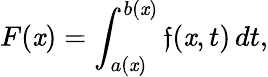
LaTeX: F(\mathit{x})=\int_{a(\mathit{x})}^{b(\mathit{x})}\mathfrak{f}(\mathit{x},t)\, dt,